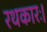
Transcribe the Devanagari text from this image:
रथकारः।